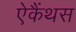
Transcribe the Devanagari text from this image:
ऐकैंथस